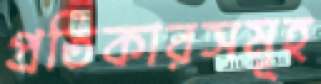
প্রতিকারসমূহ